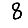
Digit: 8